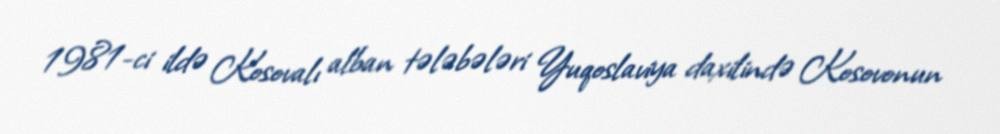
1981-ci ildə Kosovalı alban tələbələri Yuqoslaviya daxilində Kosovonun